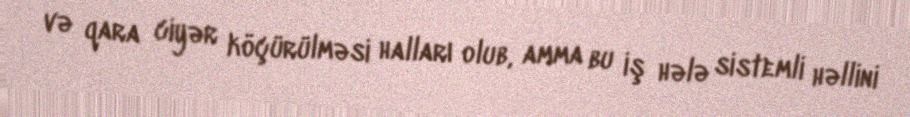
və qara ciyər köçürülməsi halları olub, amma bu iş hələ sistemli həllini